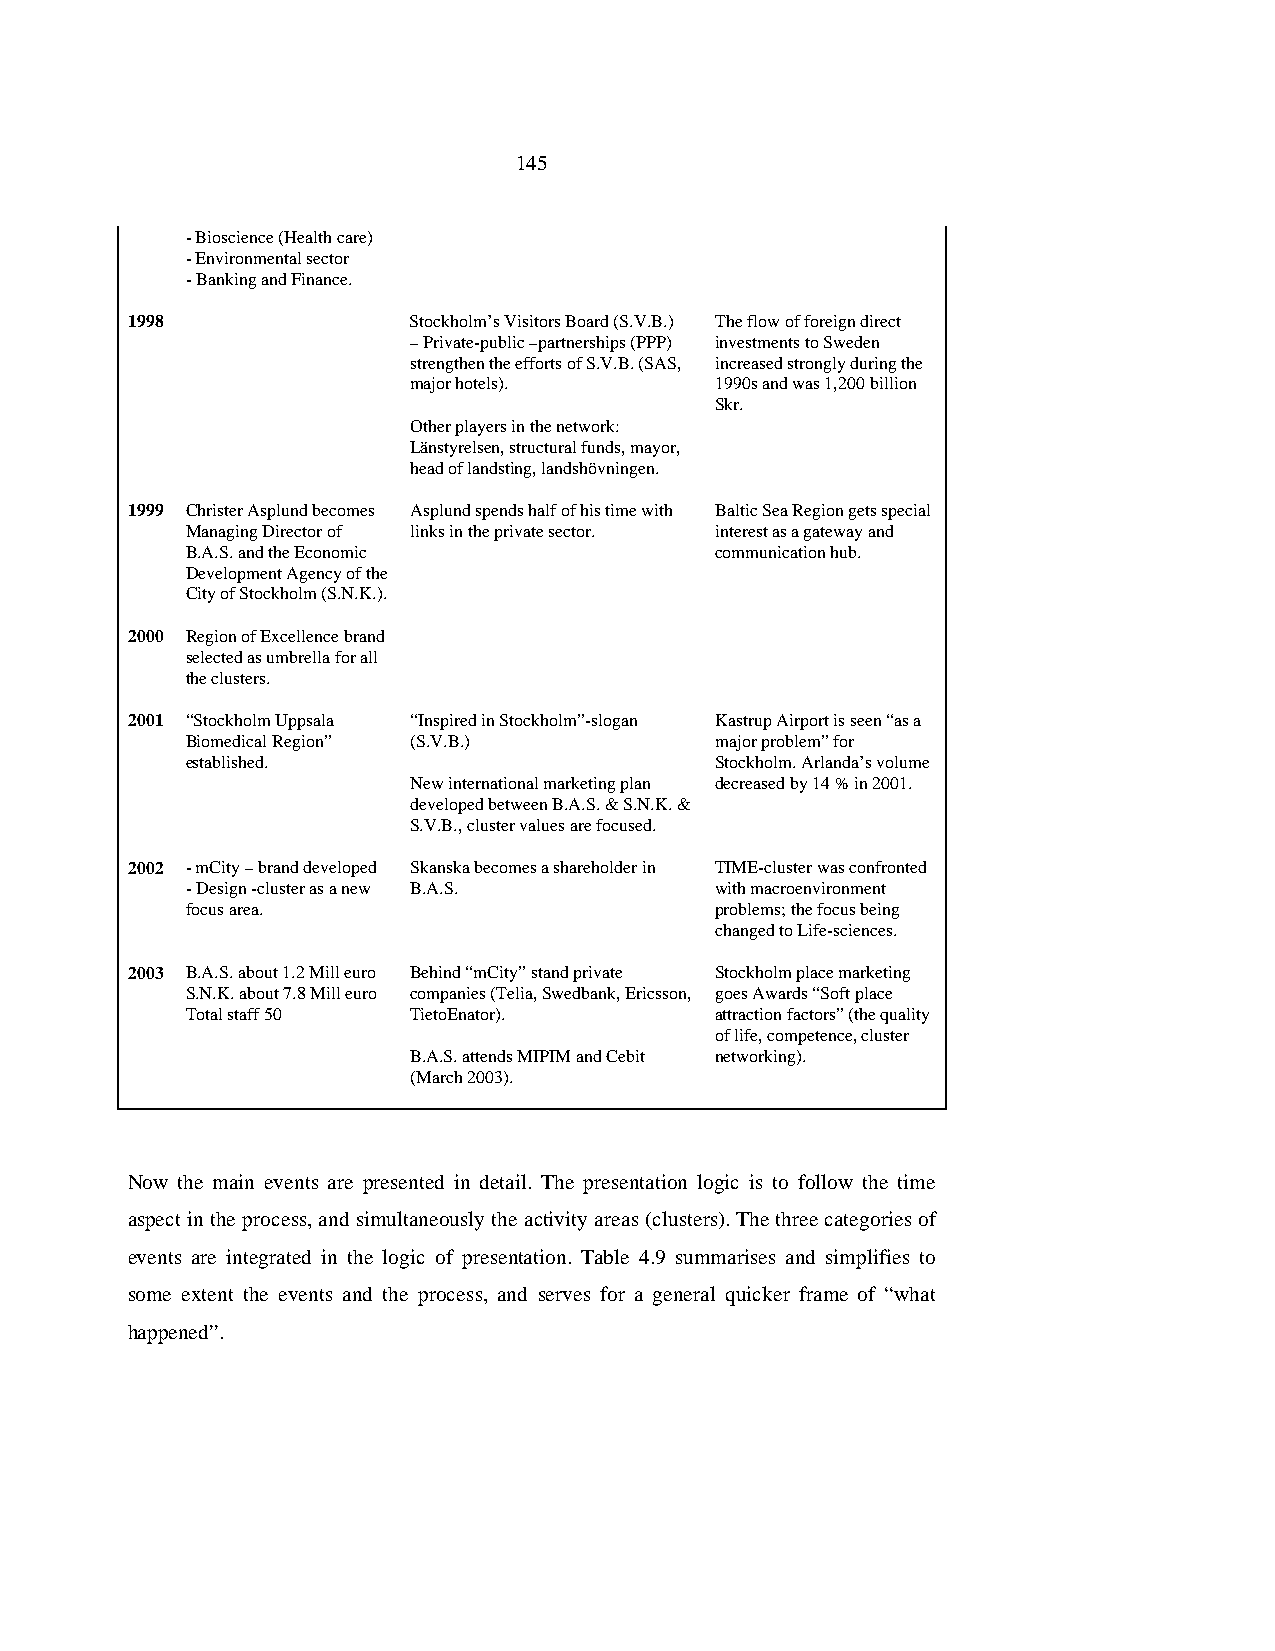
145
 - Bioscience (Health care)
 - Environmental sector
 - Banking and Finance.
 1998               Stockholm’s Visitors Board (S.V.B.) The flow of foreign direct
 – Private-public –partnerships (PPP) investments to Sweden
 strengthen the efforts of S.V.B. (SAS, increased strongly during the
 major hotels).      1990s and was 1,200 billion
 Skr.
 Other players in the network:
 Länstyrelsen, structural funds, mayor,
 head of landsting, landshövningen.
 1999 Christer Asplund becomes Asplund spends half of his time with Baltic Sea Region gets special
 Managing Director of links in the private sector. interest as a gateway and
 B.A.S. and the Economic            communication hub.
 Development Agency of the
 City of Stockholm (S.N.K.).
 2000 Region of Excellence brand
 selected as umbrella for all
 the clusters.
 2001 “Stockholm Uppsala “Inspired in Stockholm”-slogan Kastrup Airport is seen “as a
 Biomedical Region” (S.V.B.)        major problem” for
 established.                       Stockholm. Arlanda’s volume
 New international marketing plan decreased by 14 % in 2001.
 developed between B.A.S. & S.N.K. &
 S.V.B., cluster values are focused.
 2002 - mCity – brand developed Skanska becomes a shareholder in TIME-cluster was confronted
 - Design -cluster as a new B.A.S.  with macroenvironment
 focus area.                        problems; the focus being
 changed to Life-sciences.
 2003 B.A.S. about 1.2 Mill euro Behind “mCity” stand private Stockholm place marketing
 S.N.K. about 7.8 Mill euro companies (Telia, Swedbank, Ericsson, goes Awards “Soft place
 Total staff 50 TietoEnator).       attraction factors” (the quality
 of life, competence, cluster
 B.A.S. attends MIPIM and Cebit networking).
 (March 2003).
 Now the main events are presented in detail. The presentation logic is to follow the time
 aspect in the process, and simultaneously the activity areas (clusters). The three categories of
 events are integrated in the logic of presentation. Table 4.9 summarises and simplifies to
 some extent the events and the process, and serves for a general quicker frame of “what
 happened”.